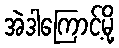
အဲဒါကြောင့်မို့